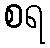
စရ